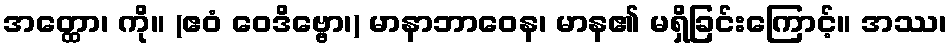
အတ္ထော၊ ကို။ (ဧဝံ ဝေဒိဗ္ဗော၊) မာနာဘာဝေန၊ မာန၏ မရှိခြင်းကြောင့်။ အဿ၊